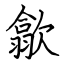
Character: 歙